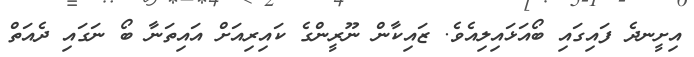
އިށީނދެ ފައިގައި ބޯއަޅައިލިއެވެ. ޒައިކާން ނޫރީންގެ ކައިރިއަށް އައިތަނާ ބޯ ނަގައި ދެއަތް